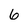
Character: 6